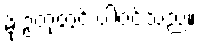
မိုးဥတုတွင် ပါဝင်သည်။